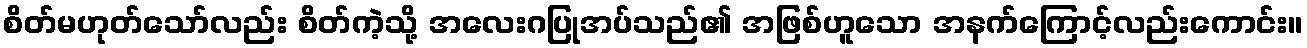
စိတ်မဟုတ်သော်လည်း စိတ်ကဲ့သို့ အလေးဂပြုအပ်သည်၏ အဖြစ်ဟူသော အနက်ကြောင့်လည်းကောင်း။